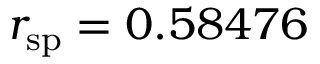
r _ { \mathrm { s p } } = 0 . 5 8 4 7 6